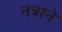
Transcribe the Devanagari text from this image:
नत्राने